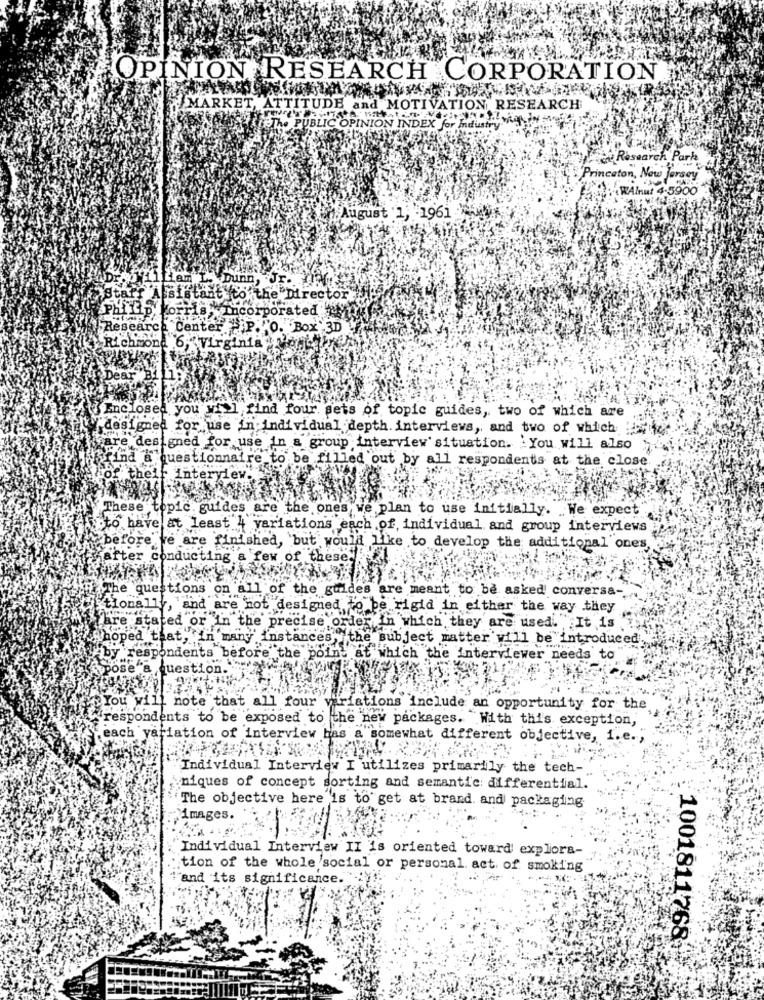
OPINION RESEARCH CORPORATION
MARKET, ATTITUDE and MOTIVATION RESEARCH
The PUBLIC OPINION INDEX for Industry
en Research Park
Princeton, New Jersey
-WAlnut 4-5900
August '1; . 1961
Liam L. Dunn,
Staff Assistant to the Director
Morris . Incorporated"
Research Center -P. O. Box 3D
chmond 6, Virginia Plant
Enclosed you will find four, sets of topic guides, two of which are
designed for use in individual depth. interviews, and two of which :
vare designed for use in a group interview' situation. . You will also
find a questionnaire to be filled out by all respondents at the close
interview.
These topic. guides are the ones we plan to use initially. We expect
Bto have at least , variations each of individual and group interviews
before we are finished, but would like to develop the additional ones,
after conducting a few of these.
The questions on all of the guides are meant to be asked conversa-
tions
and a
e not designed to pe rigid in either the way .they
Tare stated or in the precise order in which they are used. It is
Whoped that, in many instances,t
the subject matter will be introduced
y 'respondents before the point at which the interviewer needs to
sose"a question
You wi
1 note that all four variations include an opportunity for the
respondents to be exposed to the new packages. With this exception,
each variation of interview has a somewhat different objective, i.e .,
"Individual Interview I utilizes primarily the tech-
niques of concept sorting and semantic differential.
The objective here is to get at brand. and packaging
images.
"Individual Interview II is oriented toward' explora-
: tion of the whole social or personal. act of smoking
""and its significance.
1001811768